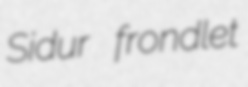
Sidur frondlet